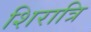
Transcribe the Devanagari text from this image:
शिरात्रि